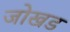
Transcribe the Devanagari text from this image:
जोखड